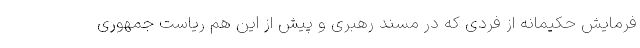
فرمایش حکیمانه از فردی که در مسند رهبری و پیش از این هم ریاست جمهوری